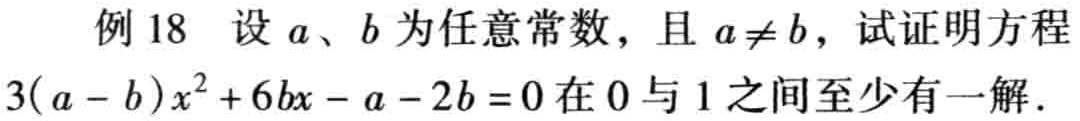
例 18 设 \(a\)、\(b\) 为任意常数，且 \(a\neq b\)，试证明方程
\(3(a - b)x^{2}+6bx - a - 2b = 0\) 在 \(0\) 与 \(1\) 之间至少有一解．